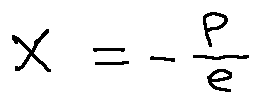
X = - \frac { p } { e }